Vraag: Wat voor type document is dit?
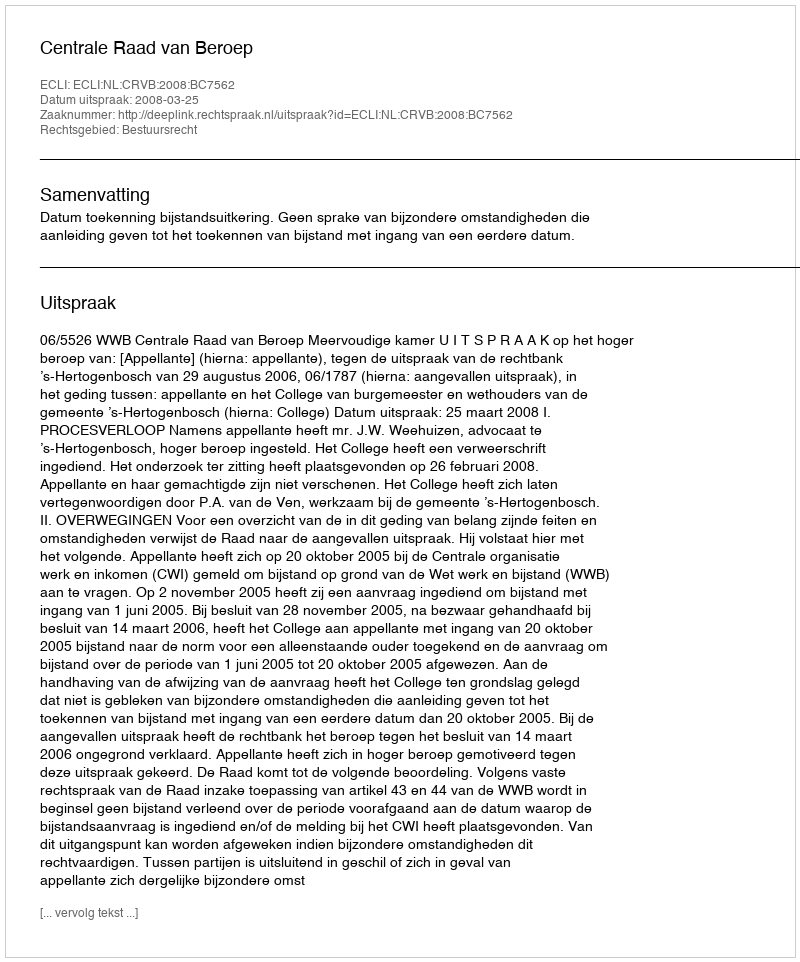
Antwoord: Uitspraak